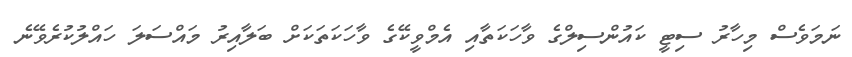
ނަމަވެސް މިހާރު ސިޓީ ކައުންސިލްގެ ވާހަކަތާއި އެމްވީކޭގެ ވާހަކަތަކަށް ބަލާއިރު މައްސަލަ ހައްލުކުރެވޭނެ